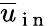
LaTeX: \overline{{u}}_{\mathrm{~i~n~}}